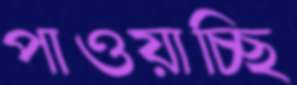
পাওয়াচ্ছি